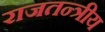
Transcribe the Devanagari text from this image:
राजतन्त्रीय